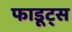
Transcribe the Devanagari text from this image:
फाडूट्स